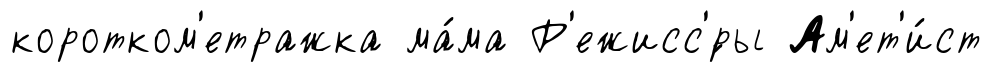
коротком'етражка ма́ма Р'ежисс'́ры Ам'ет'и́ст